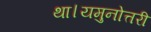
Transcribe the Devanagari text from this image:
था।यमुनोत्तरी